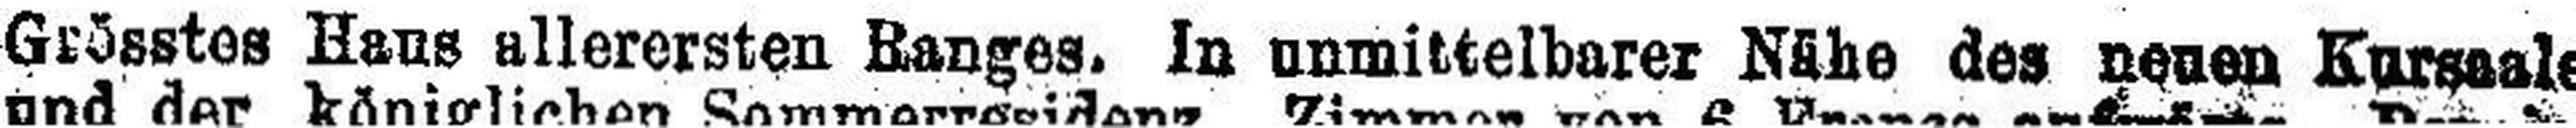
Grösstes Hans allerersten Ranges, in unmittelbarer Nähe des neunen Kursaalen